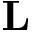
\textbf { L }